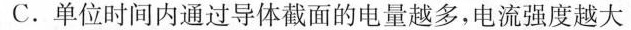
C.单位时间内通过导体截面的电量越多，电流强度越大